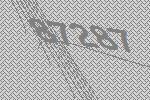
87287